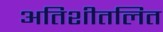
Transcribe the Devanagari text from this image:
अतिशीतलित